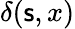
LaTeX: \delta(\mathsf{s},x)